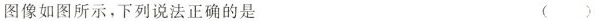
图像如图所示，下列说法正确的是 ()